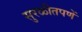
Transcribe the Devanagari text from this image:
सुरळीतपणें